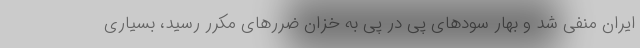
ایران منفی شد و بهار سودهای پی در پی به خزان ضررهای مکرر رسید، بسیاری